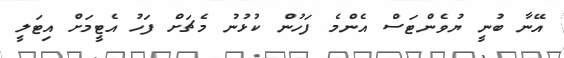
އޭނާ ބުނީ ޔުވެންޓަސް އެންމެ ފަހުން ކުޅުނު މެޗަށް ފަހު އެޓީމަށް އިޓަލީ